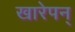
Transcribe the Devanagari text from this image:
खारेपन्